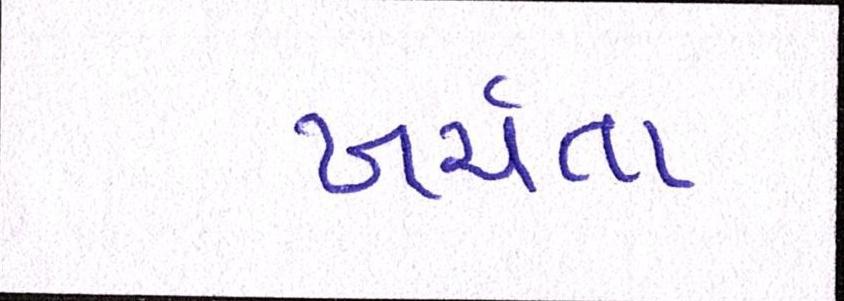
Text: ખર્ચતા